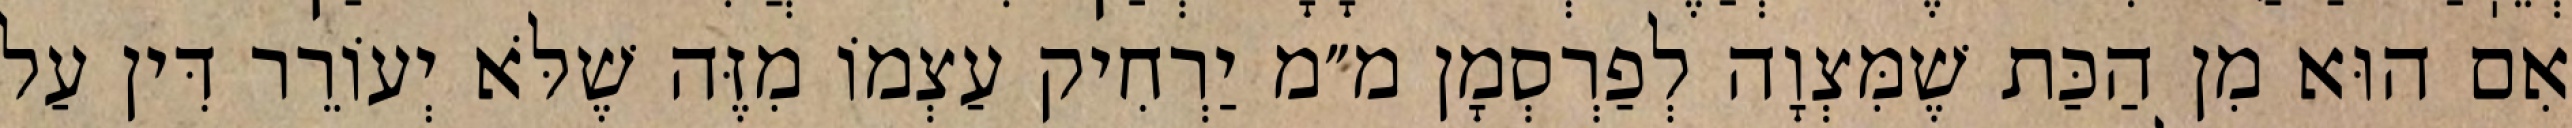
אִם הוּא מִן הַכַּת שֶׁמִּצְוָה לְפַרְסְמָן מ״מ יַרְחִיק עַצְמוֹ מִזֶּה שֶׁלֹּא יְעוֹרֵר דִּין עַל